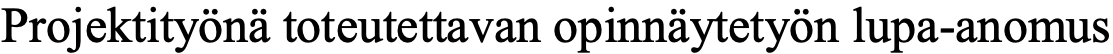
Projektityönä toteutettavan opinnäytetyön lupa-anomus